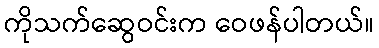
ကိုသက်ဆွေဝင်းက ဝေဖန်ပါတယ်။